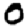
Digit: 0